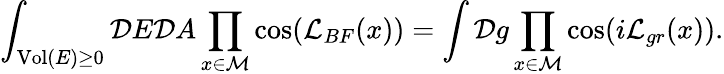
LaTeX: \int_{\mathrm{Vol}(E)\geq 0}{\cal D}E{\cal D}A\prod_{x\in\cal M}\cos({\cal L}_{BF}(x))=\int{\cal D}g\prod_{x\in\cal M}\cos(i{\cal L}_{gr}(x)).